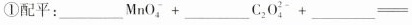
①配平：___MnO^{-}_{4}+___ C_{2}O^{2}_{4}+___ =___Mn^{2+}+___+___ H_{2}O。